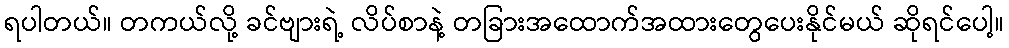
ရပါတယ်။ တကယ်လို့ ခင်ဗျားရဲ့ လိပ်စာနဲ့ တခြားအထောက်အထားတွေပေးနိုင်မယ် ဆိုရင်ပေါ့။